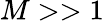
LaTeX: M>>1